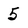
Character: 5